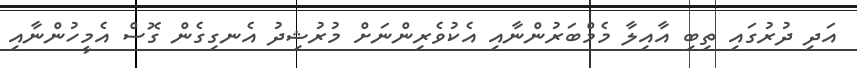
އަދި ދުރުގައި ތިބި އާއިލާ މެމްބަރުންނާއި އެކުވެރިންނަށް މުރުޝިދު އެނގިގެން ގޮސް އެމީހުންނާއި